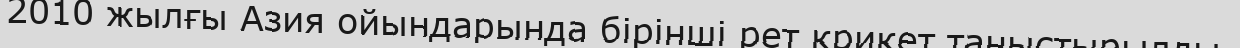
2010 жылғы Азия ойындарында бірінші рет крикет таныстырылды.